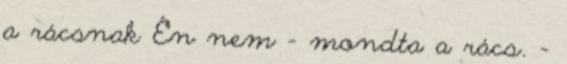
a rácsnak Én nem – mondta a rács. -